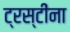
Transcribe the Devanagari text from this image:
ट्रस्टींना